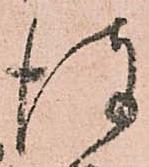
彼